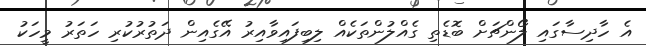
އެ ހާދިސާގައި ލޯންޗަށް ބޮޑެތި ގެއްލުންތަކެއް ލިބިފައިވާއިރު އޭގެއިން ދަތުރުކުރި ހަތަރު މީހަކު